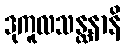
ဒုကူလသန္ထနာနိ